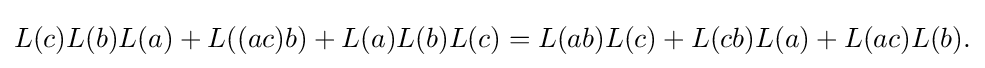
\displaystyle {L(c)L(b)L(a)+L((ac)b)+L(a)L(b)L(c)=L(ab)L(c)+L(cb)L(a)+L(ac)L(b).}